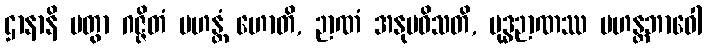
ဌာနာနိ ပတွာ ဂဇ္ဇိတံ မဟန္တံ ဟောတိ, ဉာဏံ အနုပဝိသတိ, ဗုဒ္ဓဉာဏဿ မဟန္တဘာဝေါ